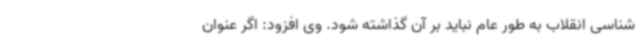
شناسی انقلاب به طور عام نباید بر آن گذاشته شود. وی افزود: اگر عنوان